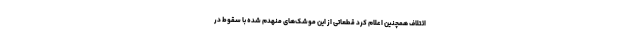
ائتلاف همچنین اعلام کرد قطعاتی از این موشک‌های منهدم شده با سقوط در